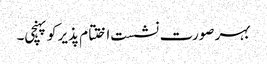
بہر صورت نشست اختتام پذیر کو پہنچی۔